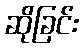
ဆိုခြင်း